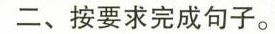
二、按要求完成句子。